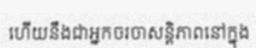
ហើយនឹងជាអ្នកចរចាសន្តិភាពនៅក្នុង